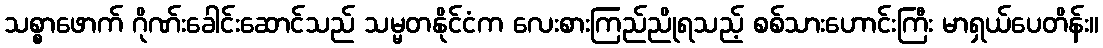
သစ္စာဖောက် ဂိုဏ်းခေါင်းဆောင်သည် သမ္မတနိုင်ငံက လေးစားကြည်ညိုရသည့် စစ်သားဟောင်းကြီး မာရှယ်ပေတိန်း။